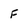
Character: F